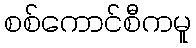
စစ်ကောင်စီကမူ